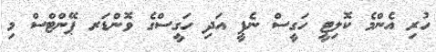
ހުރި އެންމެ ކޮލިޓީ ހަގީސް ނެޕީ އަދި ހަގީސްގެ ވޮންޑަރ ޕޭންޓްސް މި